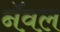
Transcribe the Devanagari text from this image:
नॅवल